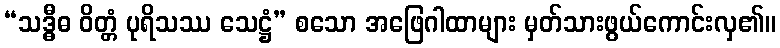
“သဒ္ဓီဓ ဝိတ္တံ ပုရိသဿ သေဋ္ဌံ” စသော အဖြေဂါထာများ မှတ်သားဖွယ်ကောင်းလှ၏။